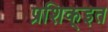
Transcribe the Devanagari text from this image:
प्रशिक्इत